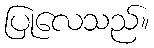
ပြုလေသည်။